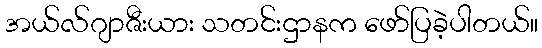
အယ်လ်ဂျာဇီးယား သတင်းဌာနက ဖော်ပြခဲ့ပါတယ်။